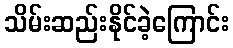
သိမ်းဆည်းနိုင်ခဲ့ကြောင်း